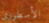
الأسطوري